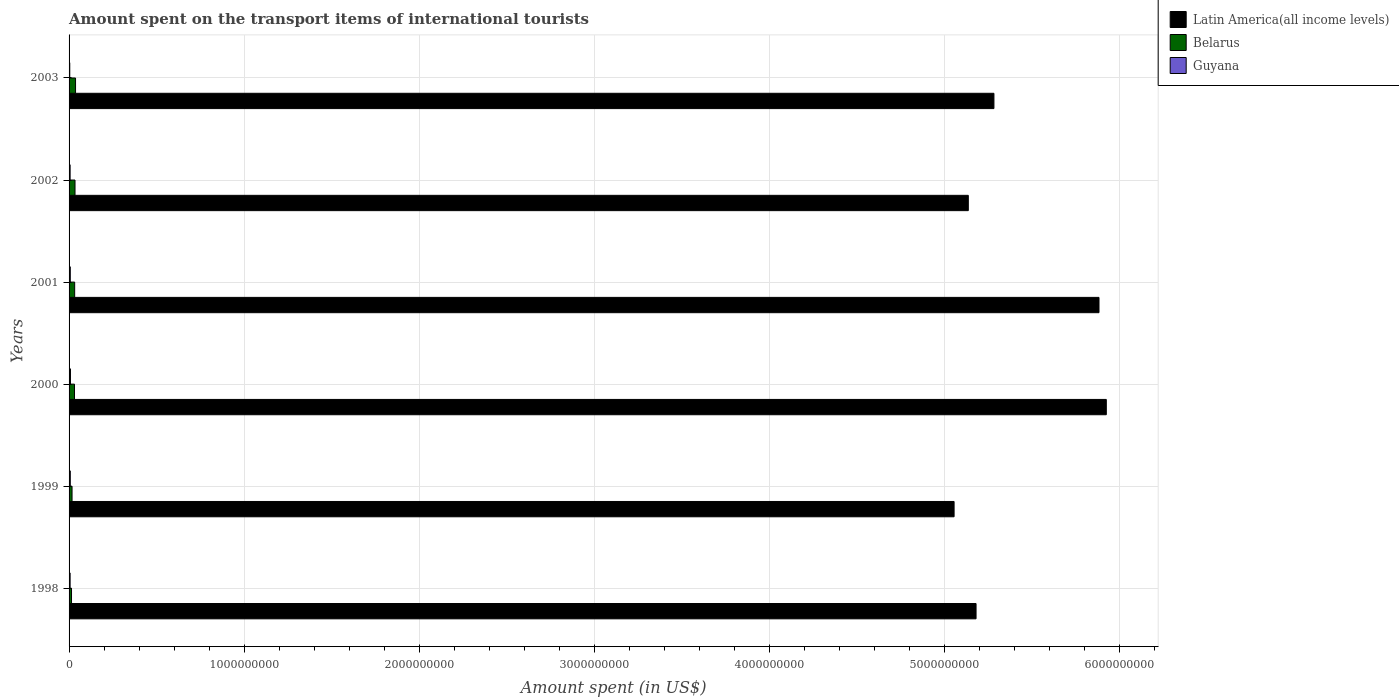
| Years | Latin America(all income levels) | Belarus | Guyana |
 | --- | --- | --- | --- |
 | 1998 | 5.18e+09 | 1.4e+07 | 6e+06 |
 | 1999 | 5.06e+09 | 1.7e+07 | 7e+06 |
 | 2000 | 5.93e+09 | 3.1e+07 | 8e+06 |
 | 2001 | 5.89e+09 | 3.2e+07 | 7e+06 |
 | 2002 | 5.14e+09 | 3.4e+07 | 6e+06 |
 | 2003 | 5.29e+09 | 3.7e+07 | 4e+06 |